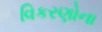
વિકરણોના